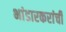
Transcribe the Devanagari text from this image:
भांडारकरांची